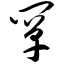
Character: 阐